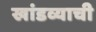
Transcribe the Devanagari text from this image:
खांडव्याची